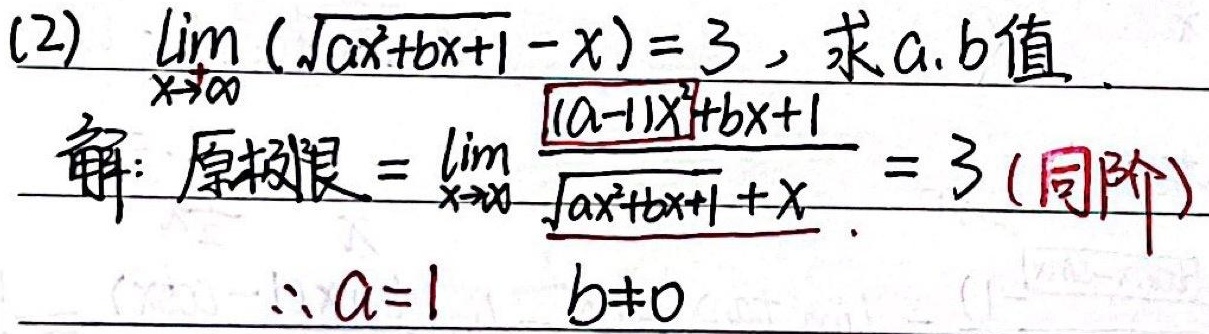
(2) 已知\(\lim_{x \to \infty}(\sqrt{ax^{2}+bx + 1}-x)=3\)，求\(a\)，\(b\)的值。
解：原极限\(=\lim_{x \to \infty}\frac{(a - 1)x^{2}+bx + 1}{\sqrt{ax^{2}+bx + 1}+x}=3\)（同阶）。
\(\therefore a = 1\) ，\(b\neq0\)